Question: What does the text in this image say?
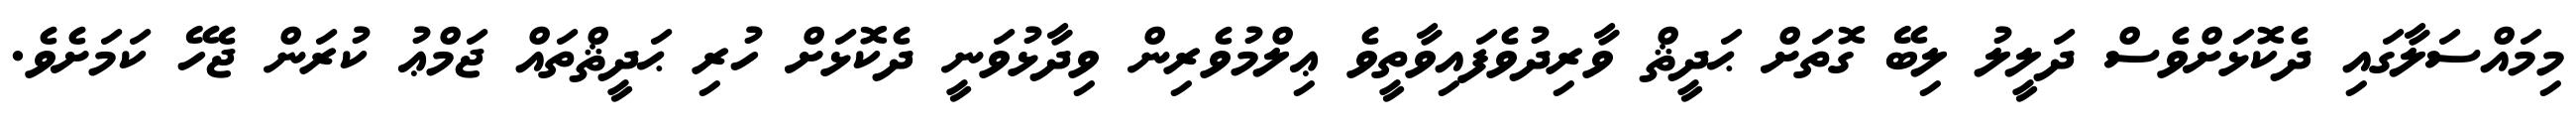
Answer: މިމައްސަލާގައި ދެކޮޅަށްވެސް ދަލީލު ލިބޭ ގޮތަށް ޙަދީޘް ވާރިދުވެފައިވާތީވެ ޢިލްމުވެރިން ވިދާޅުވަނީ ދެކޮޅަށް ހުރި ޙަދީޘްތައް ޖަމްޢު ކުރަން ޖެހޭ ކަމަށެވެ.